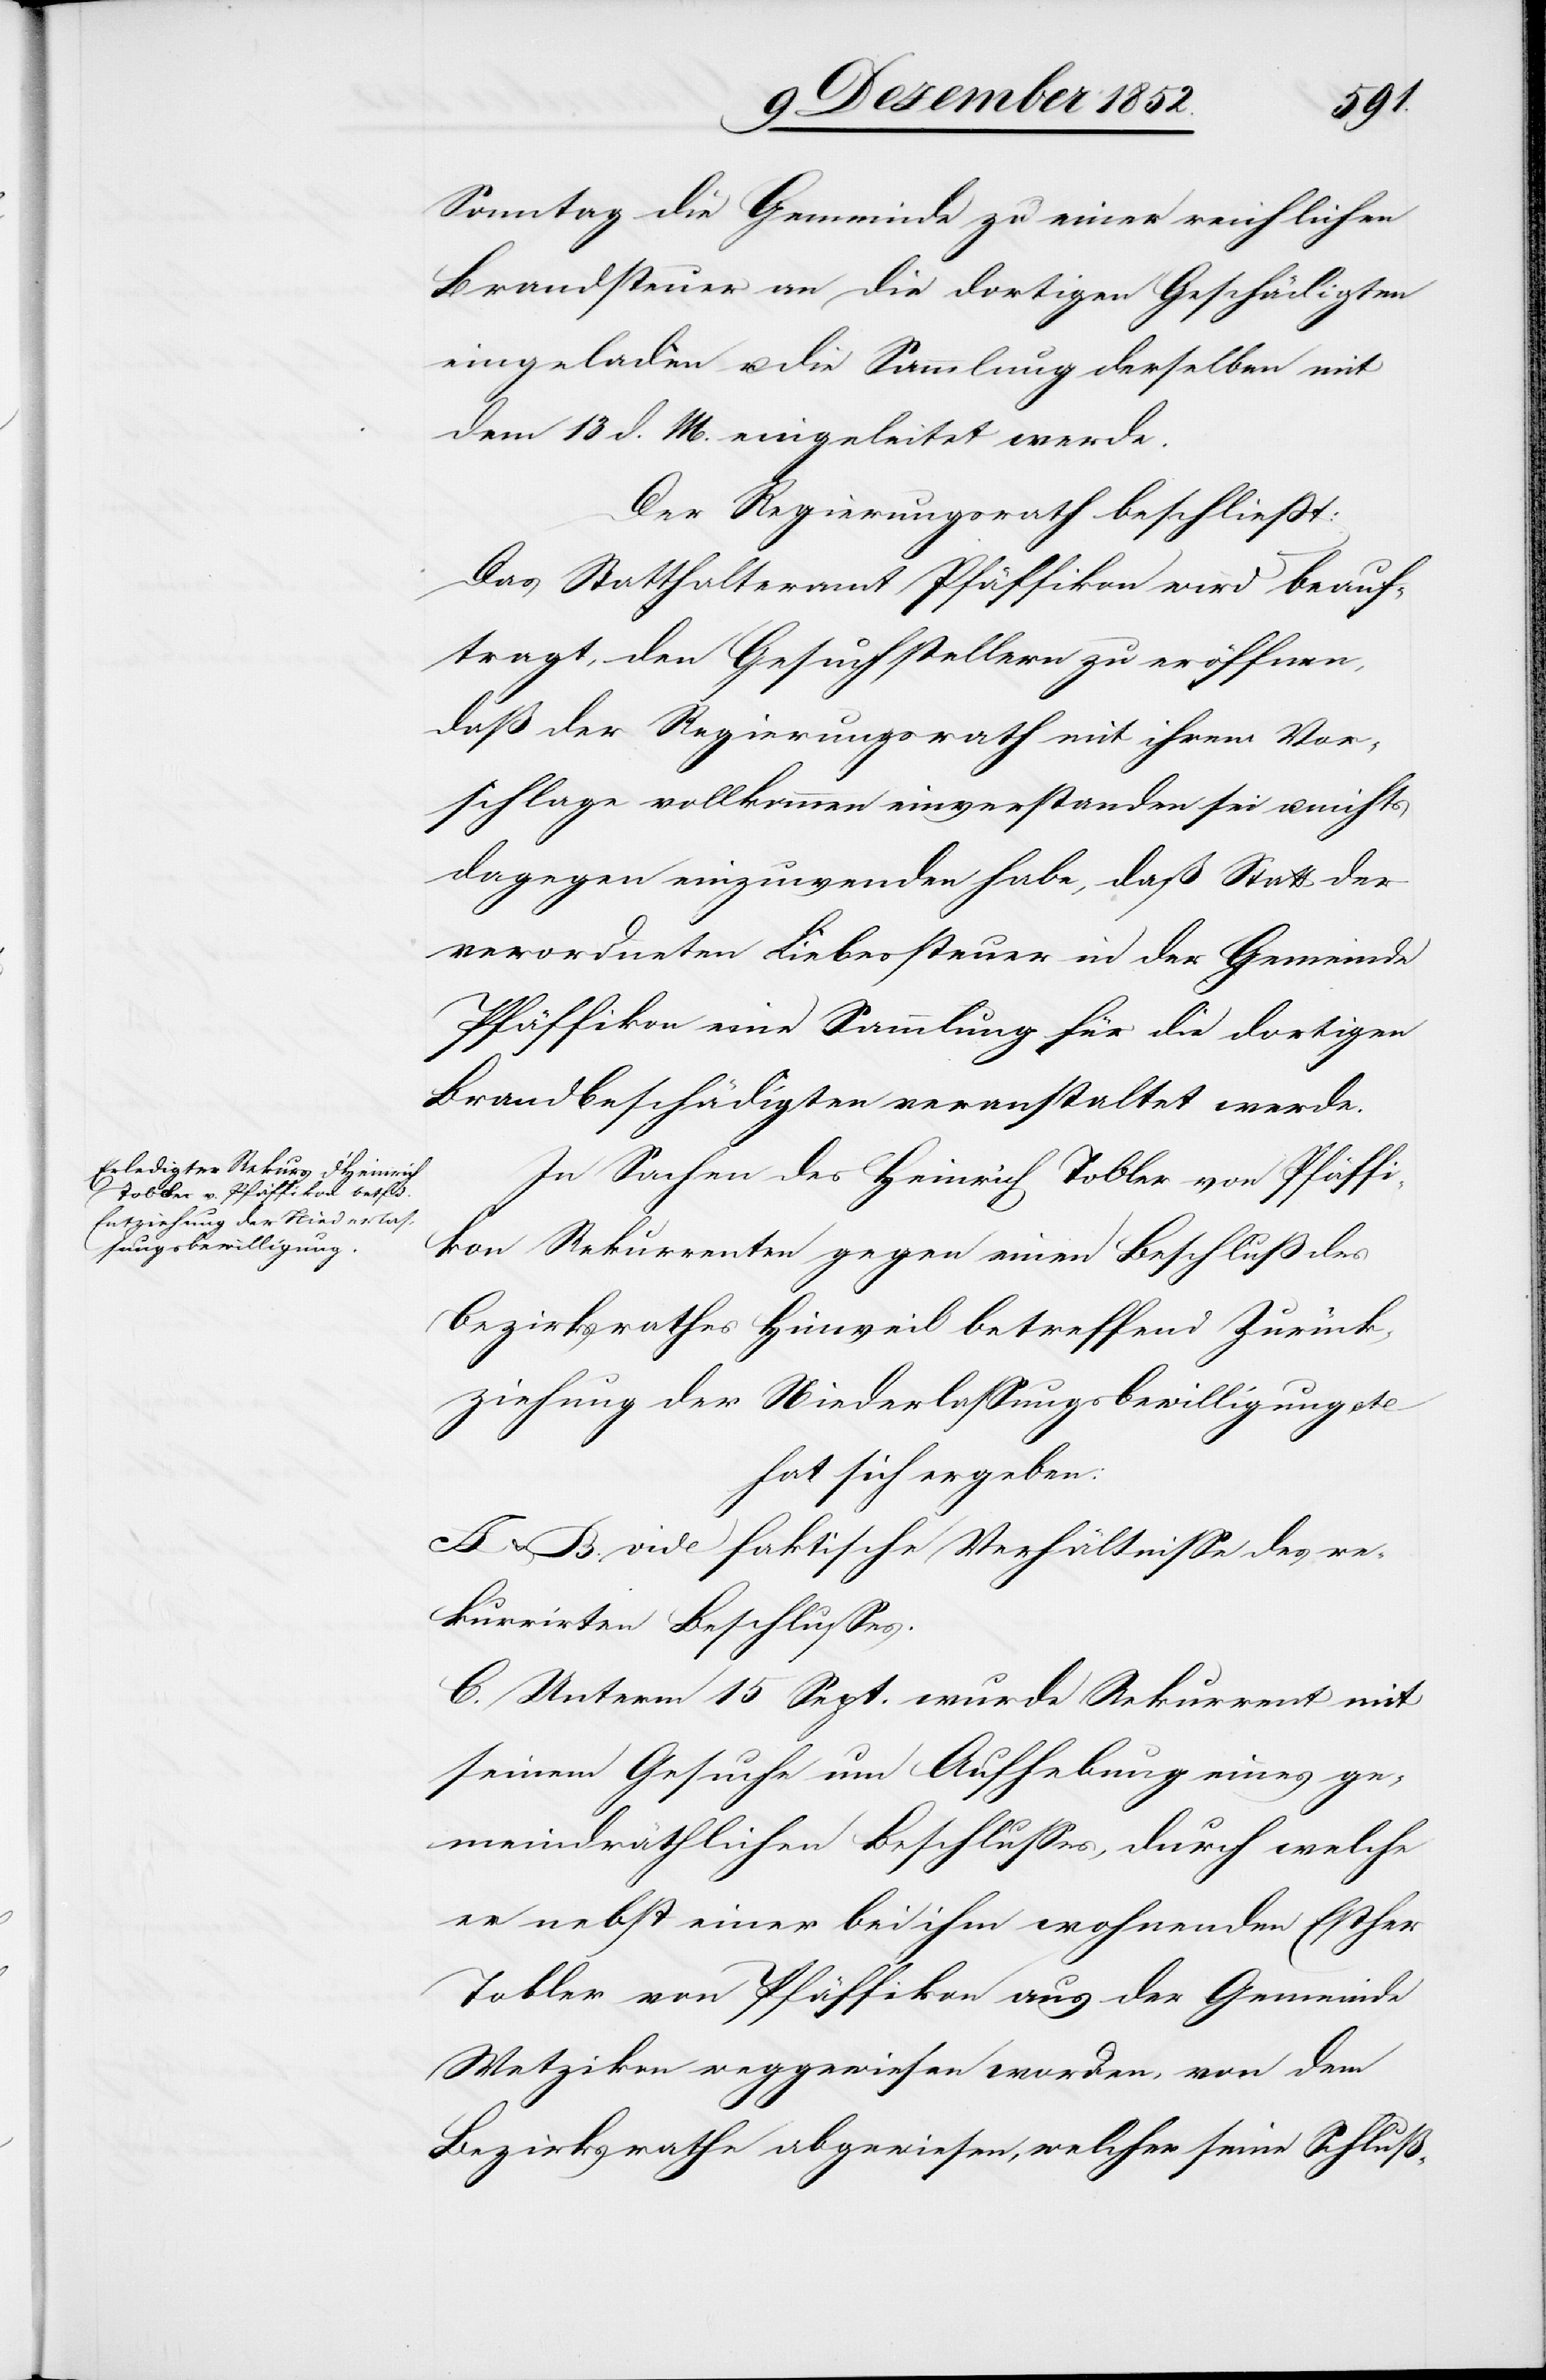
Sonntag die Gemeinde zu einer reichlichen
Brandsteuer an die dortigen Geschädigten
eingeladen u. die Sammlung derselben mit
dem 13 d. M. eingeleitet werde.
Der Regierungsrath beschließt:
Das Statthalteramt Pfäffikon wird beauf¬
tragt, den Gesuchstellern zu eröffnen,
daß der Regierungsrath mit ihrem Vor¬
schlage vollkommen einverstanden sei u. nichts
dagegen einzuwenden habe, daß Statt der
verordneten Liebessteuer in der Gemeinde
Pfäffikon eine Sammlung für die dortigen
Brandbeschädigten veranstaltet werde.
In Sachen des Heinrich Tobler von Pfäffi¬
kon Rekurrenten gegen einen Beschluß des
Bezirksrathes Hinweil betreffend Zurück¬
ziehung der Niederlassungsbewilligung etc
hat sich ergeben:
A & B. vide faktische Verhältnisse des re¬
kurrirten Beschlusses.
C. Unterm 15 Sept. wurde Rekurrent mit
seinem Gesuche um Aufhebung eines ge¬
meindräthlichen Beschlusses, durch welche
er nebst einer bei ihm wohnenden Esther
Tobler von Pfäffikon aus der Gemeinde
Wetzikon weggewiesen worden, von dem
Bezirksrathe abgewiesen, welcher seine Schluß-